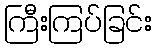
ကြီးကြပ်ခြင်း